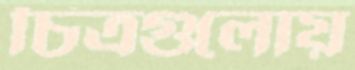
চিত্রগুলোয়